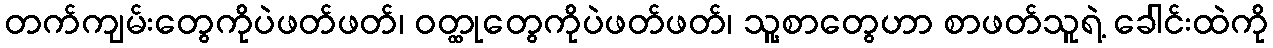
တက်ကျမ်းတွေကိုပဲဖတ်ဖတ်၊ ဝတ္ထုတွေကိုပဲဖတ်ဖတ်၊ သူ့စာတွေဟာ စာဖတ်သူရဲ့ ခေါင်းထဲကို